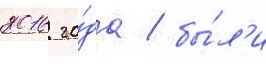
2016 го́да / бы́л'и